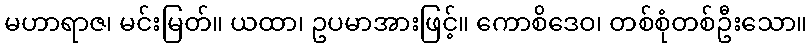
မဟာရာဇ၊ မင်းမြတ်။ ယထာ၊ ဥပမာအားဖြင့်။ ကောစိဒေဝ၊ တစ်စုံတစ်ဦးသော။